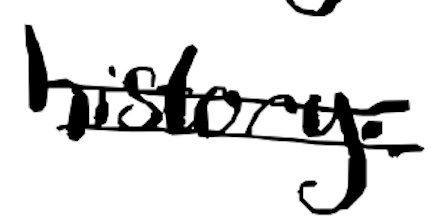
Text: history.
Cross-out: double-line
Writing tool: digital_black